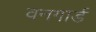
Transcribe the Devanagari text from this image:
वनगार्ड